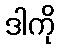
ဒါကို